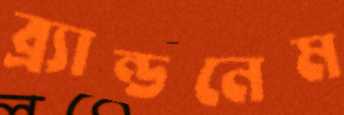
ব্র্যান্ডনেম